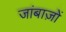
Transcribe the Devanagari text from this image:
जांबाज़ों